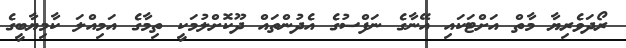
ރޯދަވެރިޔާ މާތް އަށްޓަކައި އޭނާގެ ނަފްސުގެ އެދުންތައް ދޫކޮށްލުމަކީ ތިމާގެ އަމިއްލަ ކާމިޔާބީގެ